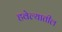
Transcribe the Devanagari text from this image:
हवेल्यातील